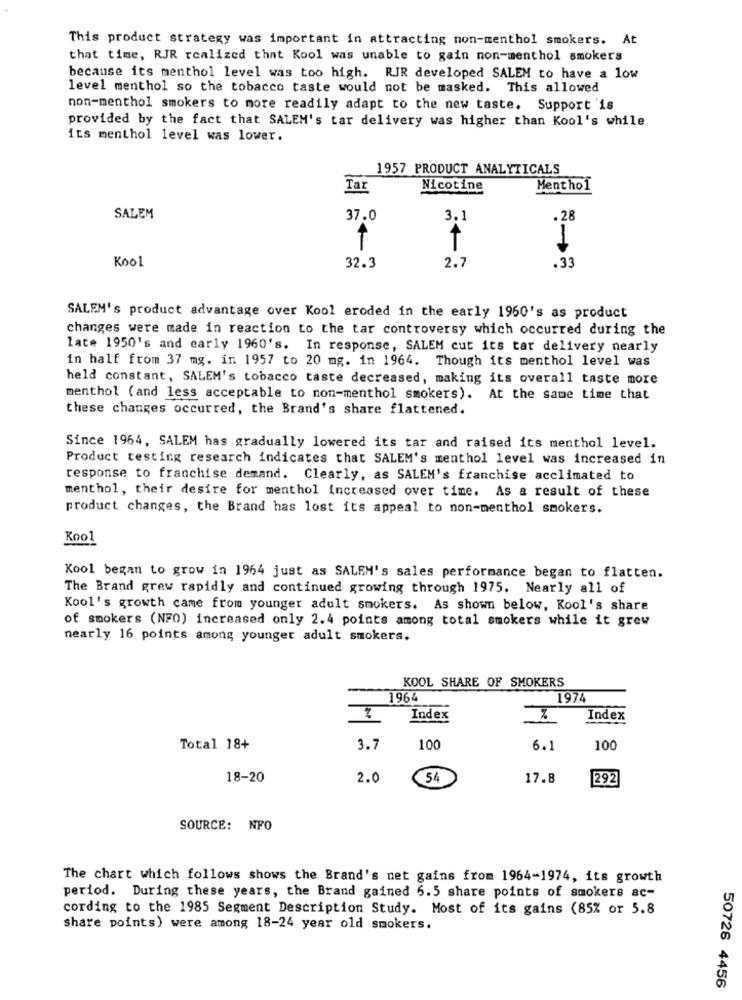
This product strategy was important in attracting non-menthol smokers. At
that time, RJR realized that Kool was unable to gain non-menthol smokers
because its menthol level was too high. RJR developed SALEM to have a low
level menthol so the tobacco taste would not be masked. This allowed
non-menthol smokers to more readily adapt to the new taste. Support is
provided by the fact that SALEM's tar delivery was higher than Kool's while
its menthol level was lower.
1957 PRODUCT ANALYTICALS
Tar
Nicotine
Menthol
SALEM
37.0
3.1
.28
1
T
Kool
32.3
2.7
.33
SALEM's product advantage over Kool eroded in the early 1960's as product
changes were made in reaction to the tar controversy which occurred during the
late 1950's and early 1960's. In response, SALEM cut its tar delivery nearly
in half from 37 mg. in 1957 to 20 mg. in 1964. Though its menthol level was
held constant, SALEM's tobacco taste decreased, making its overall taste more
menthol (and less acceptable to non-menthol smokers). At the same time that
these changes occurred, the Brand's share flattened.
Since 1964, SALEM has gradually lowered its tar and raised its menthol level.
Product testing research indicates that SALEM's menthol level was increased in
response to franchise demand. Clearly, as SALEM's franchise acclimated to
menthol, their desire for menthol increased over time. As a result of these
product changes, the Brand has lost its appeal to non-menthol smokers.
Koo1
Kool began to grow in 1964 just as SALEM's sales performance began to flatten.
The Brand grew rapidly and continued growing through 1975. Nearly all of
Kool's growth came from younger adult smokers. As shown below, Kool's share
of smokers (NFO) increased only 2.4 points among total smokers while it grew
nearly 16 points among younger adult smokers.
KOOL SHARE OF SMOKERS
-
1964
1974
Index
Index
Total 18+
3.7
100
6.1
100
18-20
2.0
54
17.8
292
SOURCE: NFO
The chart which follows shows the Brand's net gains from 1964-1974, its growth
period. During these years, the Brand gained 6.5 share points of smokers ac-
cording to the 1985 Segment Description Study. Most of its gains (85% or 5.8
share points) were among 18-24 year old smokers.
50726 4456